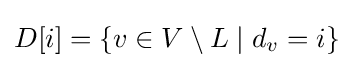
D[i]=\{v\in V\setminus L\mid d_{v}=i\}